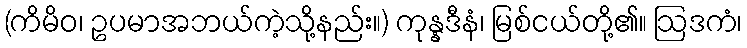
(ကိမိဝ၊ ဥပမာအဘယ်ကဲ့သို့နည်း။) ကုန္နဒီနံ၊ မြစ်ငယ်တို့၏။ ဩဒကံ၊